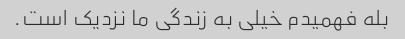
بله فهمیدم خیلی به زندگی ما نزدیک است.